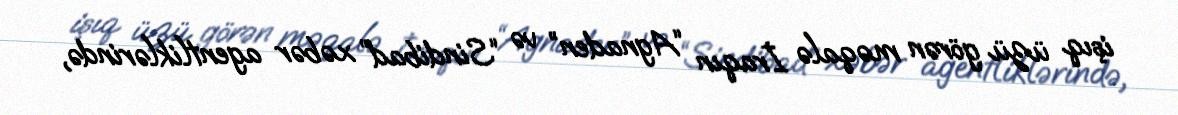
işıq üzü görən məqalə İraqın “Agnaden” və “Sindibad” xəbər agentliklərində,